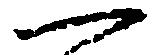
一